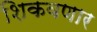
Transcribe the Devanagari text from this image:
शिकवणार